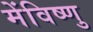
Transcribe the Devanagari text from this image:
मेंविष्णु